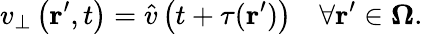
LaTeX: v_{\bot}\left(\textbf{r}^{\prime},t\right)=\hat{v}\left(t+\tau(\textbf{r}^{\prime})\right)\quad\forall\textbf{r}^{\prime}\in\mathbf{\Omega}.